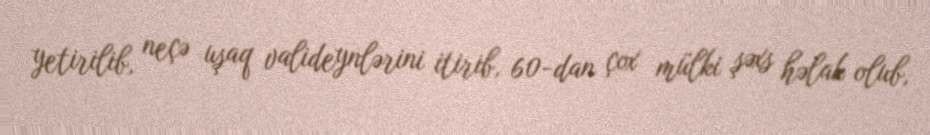
yetirilib, neçə uşaq valideynlərini itirib, 60-dan çox mülki şəxs həlak olub,